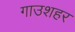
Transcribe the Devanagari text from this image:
गाउशहर